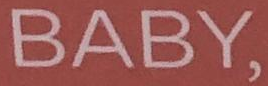
BABY